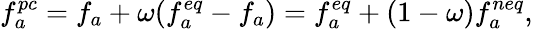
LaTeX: f_{a}^{pc}=f_{a}+\omega(f_{a}^{eq}-f_{a})=f_{a}^{eq}+(1-\omega)f_{a}^{neq},